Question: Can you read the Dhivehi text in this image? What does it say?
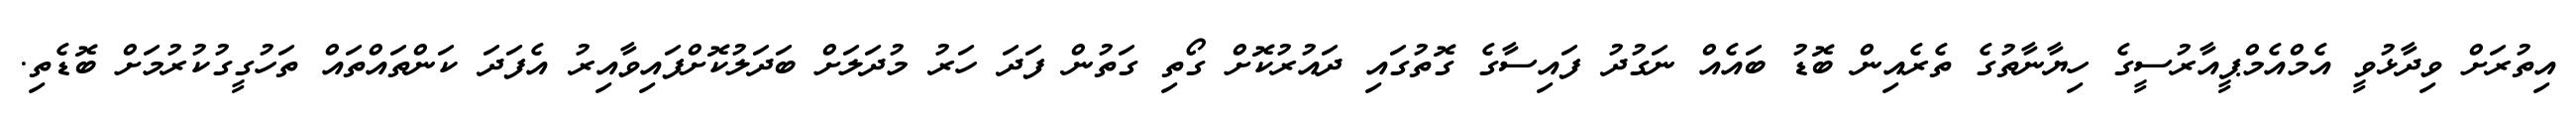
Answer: އިތުރަށް ވިދާޅުވީ އެމްއެމްޕީއާރުސީގެ ހިޔާނާތުގެ ތެރެއިން ބޮޑު ބައެއް ނަގުދު ފައިސާގެ ގޮތުގައި ދައުރުކޮށް ގޯތި ގަތުން ފަދަ ހަރު މުދަލަށް ބަދަލުކޮށްފައިވާއިރު އެފަދަ ކަންތައްތައް ތަހުގީގުކުރުމަށް ބޮޑެތި.